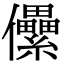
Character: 儽